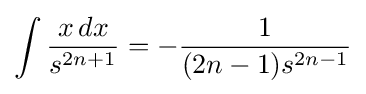
\int {\frac {x\,dx}{s^{2n+1}}}=-{\frac {1}{(2n-1)s^{2n-1}}}